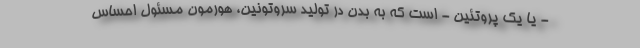
- یا یک پروتئین - است که به بدن در تولید سروتونین، هورمون مسئول احساس